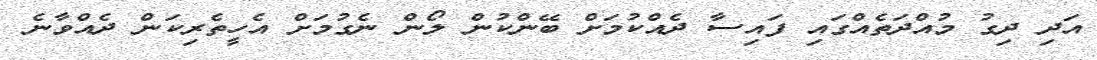
އަދި ދިގު މުއްދަތެއްގައި ފައިސާ ދެއްކުމަށް ބޭންކުން ލޯން ނެގުމަށް އެހީތެރިކަން ދެއްވާނެ